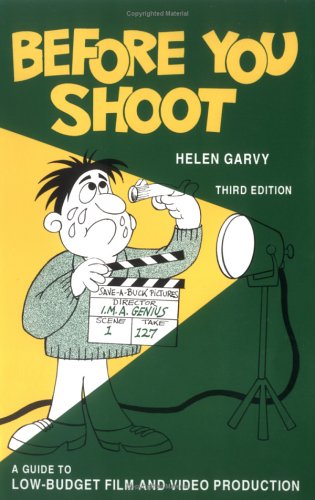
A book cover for Before You Shoot : A Guide to Low Budget Film and Video Production (3rd edition); Helen Garvy; Humor & Entertainment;